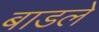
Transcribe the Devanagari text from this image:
बाडले